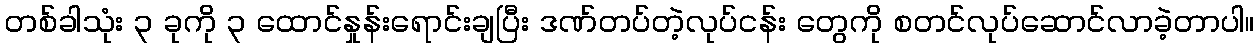
တစ်ခါသုံး ၃ ခုကို ၃ ထောင်နှုန်းရောင်းချပြီး ဒဏ်တပ်တဲ့လုပ်ငန်း တွေကို စတင်လုပ်ဆောင်လာခဲ့တာပါ။